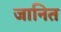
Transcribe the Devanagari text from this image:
जानित